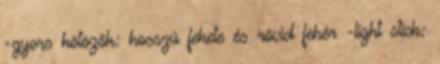
-gyors kötözők: hosszú fekete és rövid fehér -light stick: